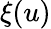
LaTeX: \xi(u)